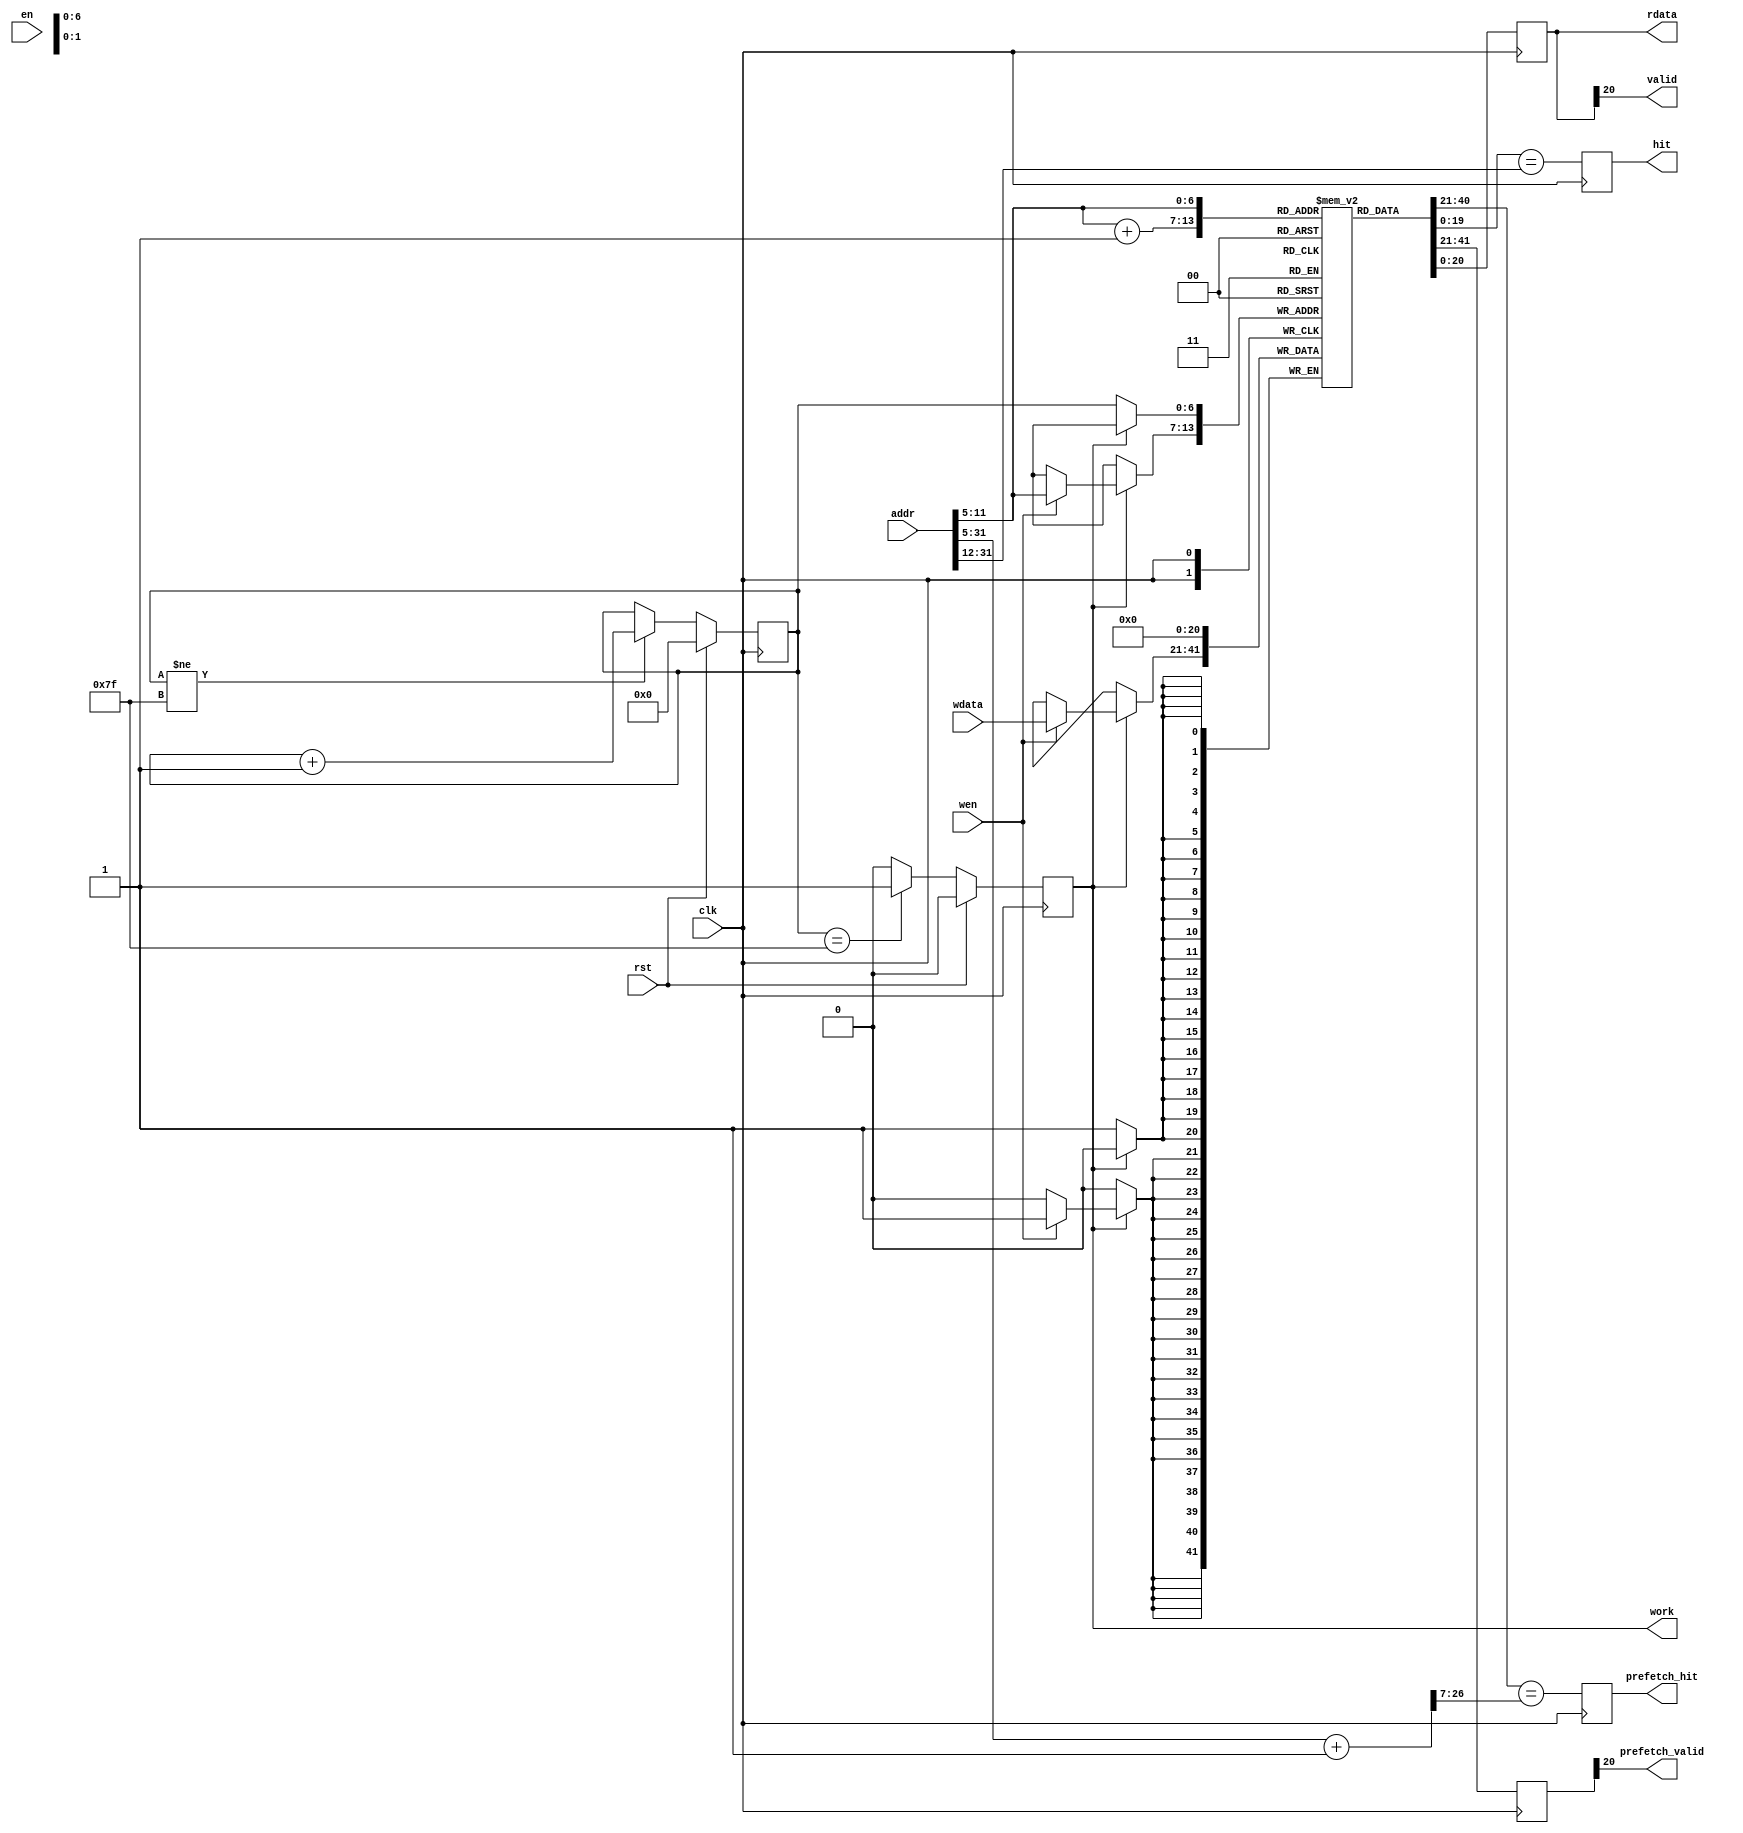
module icache_tag
(
    input         clk,
    input         rst,
    input         en,
    input         wen,
    input   [20:0] wdata,
    output  [20:0] rdata,

    input   [31:0] addr,        //input desired address to check whether hit
    output         hit,         //whether hit?
    output         valid,
    output         work,
    output         prefetch_hit,
    output         prefetch_valid
);

reg [31:0] addr_reg;
always @(posedge clk)
	begin
		if(rst)
		begin
			addr_reg <= 32'b0;
		end
		else
		begin
			addr_reg <= addr;
		end
	end

assign valid = rdata[20];

// `ifdef THIS_IS_THE_OLD_IMPLEMENTATION

// assign hit = (rdata[19:0] == addr_reg[31:12]) ? 1'b1 : 1'b0;

// icache_tag_ram icache_tag_ram_u
// (
//     .clka  (clk            ),   
// //    .rsta   (rst        ),
//     .ena   (en        ),
//     .wea   (wen       ),   //3:0 //TBD
//     .addra (addr[11:5]),   //17:0
//     .dina  (wdata     ),   //31:0
//     .douta (rdata     )    //31:0
// );

// `else

reg [6:0] reset_counter;
wire work_state;
reg work_reg;
always @(posedge clk)
begin
    if(rst)
    begin
        reset_counter <= 7'd0;
    end
    else if(reset_counter != 7'd127)
    begin
        reset_counter <= reset_counter + 7'd1;
    end
end
assign work_state = (reset_counter == 7'd127) ? 1'b1 : 1'b0;
always @(posedge clk)
begin
    if(rst)
    begin
        work_reg <= 1'd0;
    end
    else
    begin
        work_reg <= work_state;
    end
end
assign work = work_reg;
// assign work = 1'b1;

reg [20:0] tag_ram [127:0];
reg [20:0] tag_reg;

integer i;
initial begin
for (i=0;i<128;i=i+1) tag_ram[i] <= 21'd0;
end

always @(posedge clk)
begin
    if (!work) tag_ram[reset_counter] <= 21'b0;
    else  if (wen) tag_ram[addr[11:5]] <= wdata;
end

wire [20:0] tag_out = tag_ram[addr[11:5]];
always @(posedge clk) tag_reg <= tag_out;
assign rdata = tag_reg;

reg hit_reg;
always @(posedge clk) hit_reg <= tag_out[19:0] == addr[31:12];
assign hit = hit_reg;

reg [20:0] prefetch_tag_reg;
always @(posedge clk) prefetch_tag_reg <= prefetch_out;
assign prefetch_valid = prefetch_tag_reg[20];

wire [6:0]prefetch_addr_input = addr[11:5] + 7'd1;
wire [26:0]prefetch_addr = addr[31:5] + 27'd1;
//reg [26:0] prefetch_addr_reg;
//always @(posedge clk) prefetch_addr_reg <= prefetch_addr;
wire [20:0] prefetch_out = tag_ram[prefetch_addr_input];
reg hit_prefetch_reg;
always @(posedge clk) hit_prefetch_reg <=  prefetch_out[19:0] == prefetch_addr[26:7];
assign prefetch_hit = hit_prefetch_reg;
//assign prefetch_hit = prefetch_tag_reg[19:0] == prefetch_addr_reg[26:7];
// `endif


endmodule